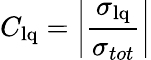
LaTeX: C_{\mathrm{lq}}=\bigg|\frac{\sigma_{\mathrm{lq}}}{\sigma_{tot}}\bigg|